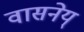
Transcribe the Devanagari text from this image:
वासनेय्